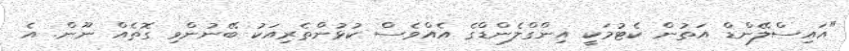
"އައިސްލޭންޑް އަތުން ކެޓުމަކީ އިންގްލެންޑްގެ އެއްވެސް ކުޅުންތެރިއަކު ބޭނުންވި ގޮތެއް ނޫން. އެ